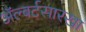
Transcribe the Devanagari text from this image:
अॅल्बर्टसारखा